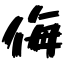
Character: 侮